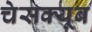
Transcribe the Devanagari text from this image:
चेसक्यूब